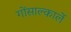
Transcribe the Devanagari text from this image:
गोंसाल्कार्ले